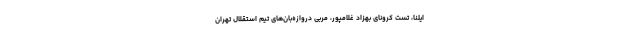
ایلنا، تست کرونای بهزاد غلامپور، مربی دروازه‌بان‌های تیم استقلال تهران